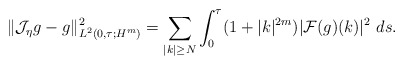
\begin{align*} \|\mathcal{J}_{\eta}g-g\|_{L^{2}(0,\tau;H^{m})}^{2}= \sum_{|k|\geq N}\int_{0}^{\tau}(1+|k|^{2m})|\mathcal{F}(g)(k)|^{2}\ ds.\end{align*}